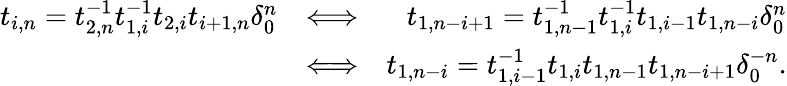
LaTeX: \begin{array}{rlr}{t_{i,n}=t_{2,n}^{-1}t_{1,i}^{-1}t_{2,i}t_{i+1,n}\delta_{0}^{n}}&{\Longleftrightarrow}&{t_{1,n-i+1}=t_{1,n-1}^{-1}t_{1,i}^{-1}t_{1,i-1}t_{1,n-i}\delta_{0}^{n}}\\ &{\Longleftrightarrow}&{t_{1,n-i}=t_{1,i-1}^{-1}t_{1,i}t_{1,n-1}t_{1,n-i+1}\delta_{0}^{-n}.}\end{array}